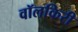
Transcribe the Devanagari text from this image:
वॉलकिरी